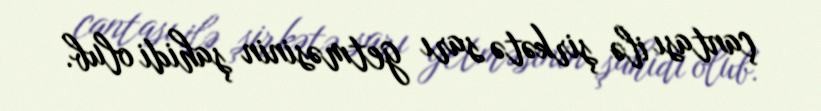
çantası ilə şirkətə sarı getməsinin şahidi olub.